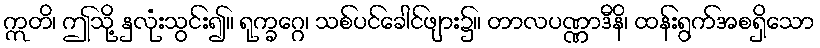
ဣတိ၊ ဤသို့ နှလုံးသွင်း၍။ ရုက္ခဂ္ဂေ၊ သစ်ပင်ခေါင်ဖျား၌။ တာလပဏ္ဏာဒီနိ၊ ထန်းရွက်အစရှိသော